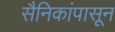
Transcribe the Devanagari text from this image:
सैनिकांपासून